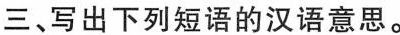
三、写出下列短语的汉语意思.。